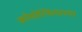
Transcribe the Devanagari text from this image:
क्रोमोस्फियरच्या